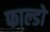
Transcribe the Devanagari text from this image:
फाल्डो